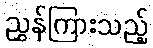
ညွှန်ကြားသည့်